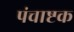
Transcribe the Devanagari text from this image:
पंचाष्टक